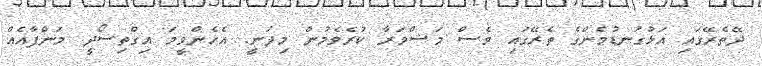
ދޭތެރޭގައި އަޅުގަނޑުމެންގެ ތެރޭގައި ވެސް މަޝްވަރާ ކުރެވެމުން މިދަނީ. އެހެންވީމަ އިގްތިސޯދީ މަންފާއެއް